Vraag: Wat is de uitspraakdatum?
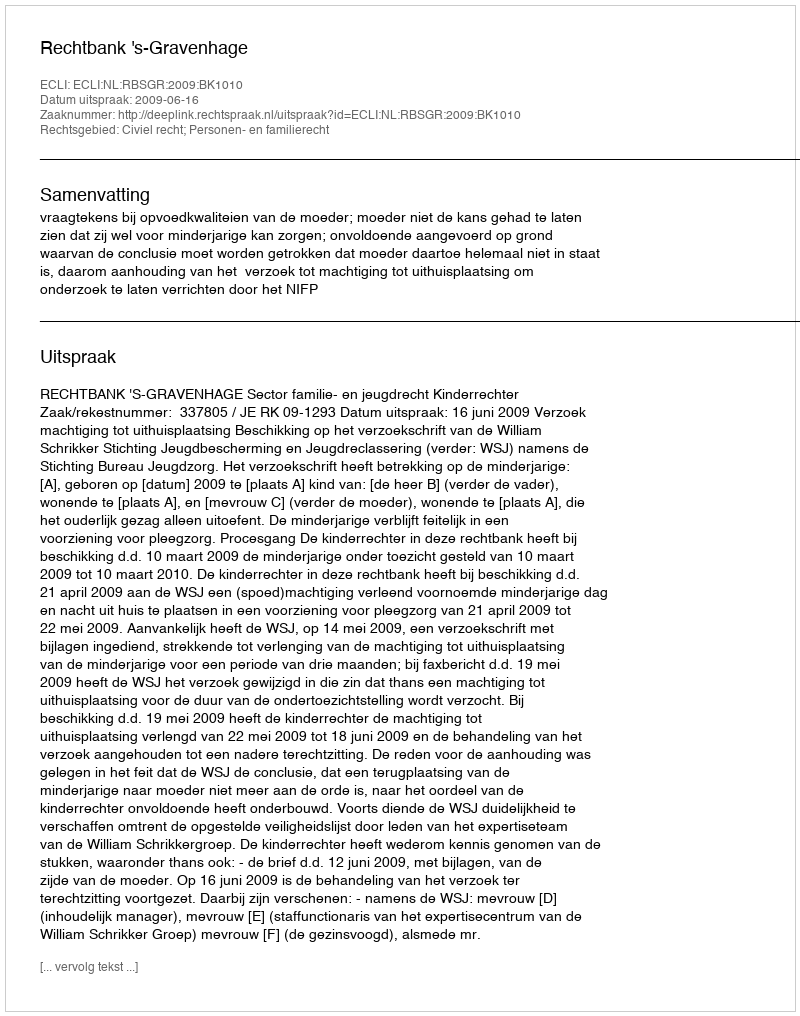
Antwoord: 2009-06-16